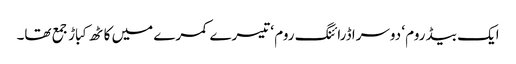
ایک بیڈ روم ‘ دوسرا ڈرائنگ روم ‘ تیسرے کمرے میں کاٹھ کباڑ جمع تھا۔